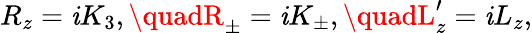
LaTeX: R_{z}=\mathit{i}K_{3},\quadR_{\pm}=\mathit{i}K_{\pm},\quadL_{z}^{\prime}=\mathit{i}L_{z},